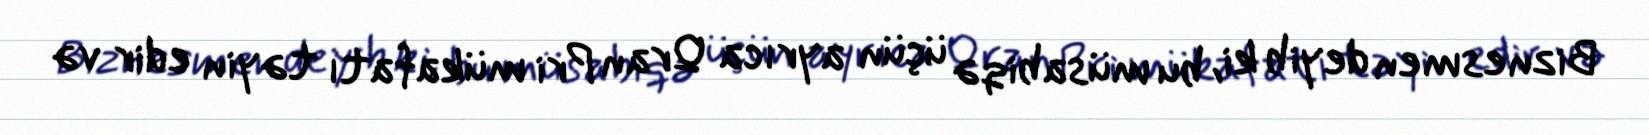
Biznesmen deyib ki, bu müsabiqə üçün ayrıca Qran Pri mükafatı təyin edir və